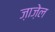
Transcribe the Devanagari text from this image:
ज़ाज़ेल